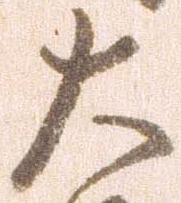
大